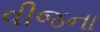
વીજના